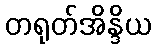
တရုတ်အိန္ဒိယ